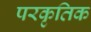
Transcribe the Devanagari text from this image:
परकृतिक